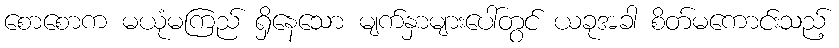
စောစောက မယုံမကြည် ရှိနေသော မျက်နှာများပေါ်တွင် ယခုအခါ စိတ်မကောင်းသည့်